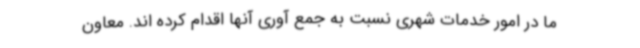
ما در امور خدمات شهری نسبت به جمع آوری آنها اقدام کرده اند. معاون